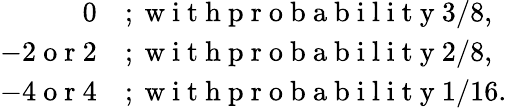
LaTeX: \begin{array}{rl}{0}&{{};\mathrm{~w~i~t~h~p~r~o~b~a~b~i~l~i~t~y~}3/8,}\\ {-2\mathrm{~o~r~}2}&{{};\mathrm{~w~i~t~h~p~r~o~b~a~b~i~l~i~t~y~}2/8,}\\ {-4\mathrm{~o~r~}4}&{{};\mathrm{~w~i~t~h~p~r~o~b~a~b~i~l~i~t~y~}1/16.}\end{array}